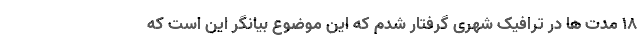
۱۸ مدت ها در ترافیک شهری گرفتار شدم که این موضوع بیانگر این است که